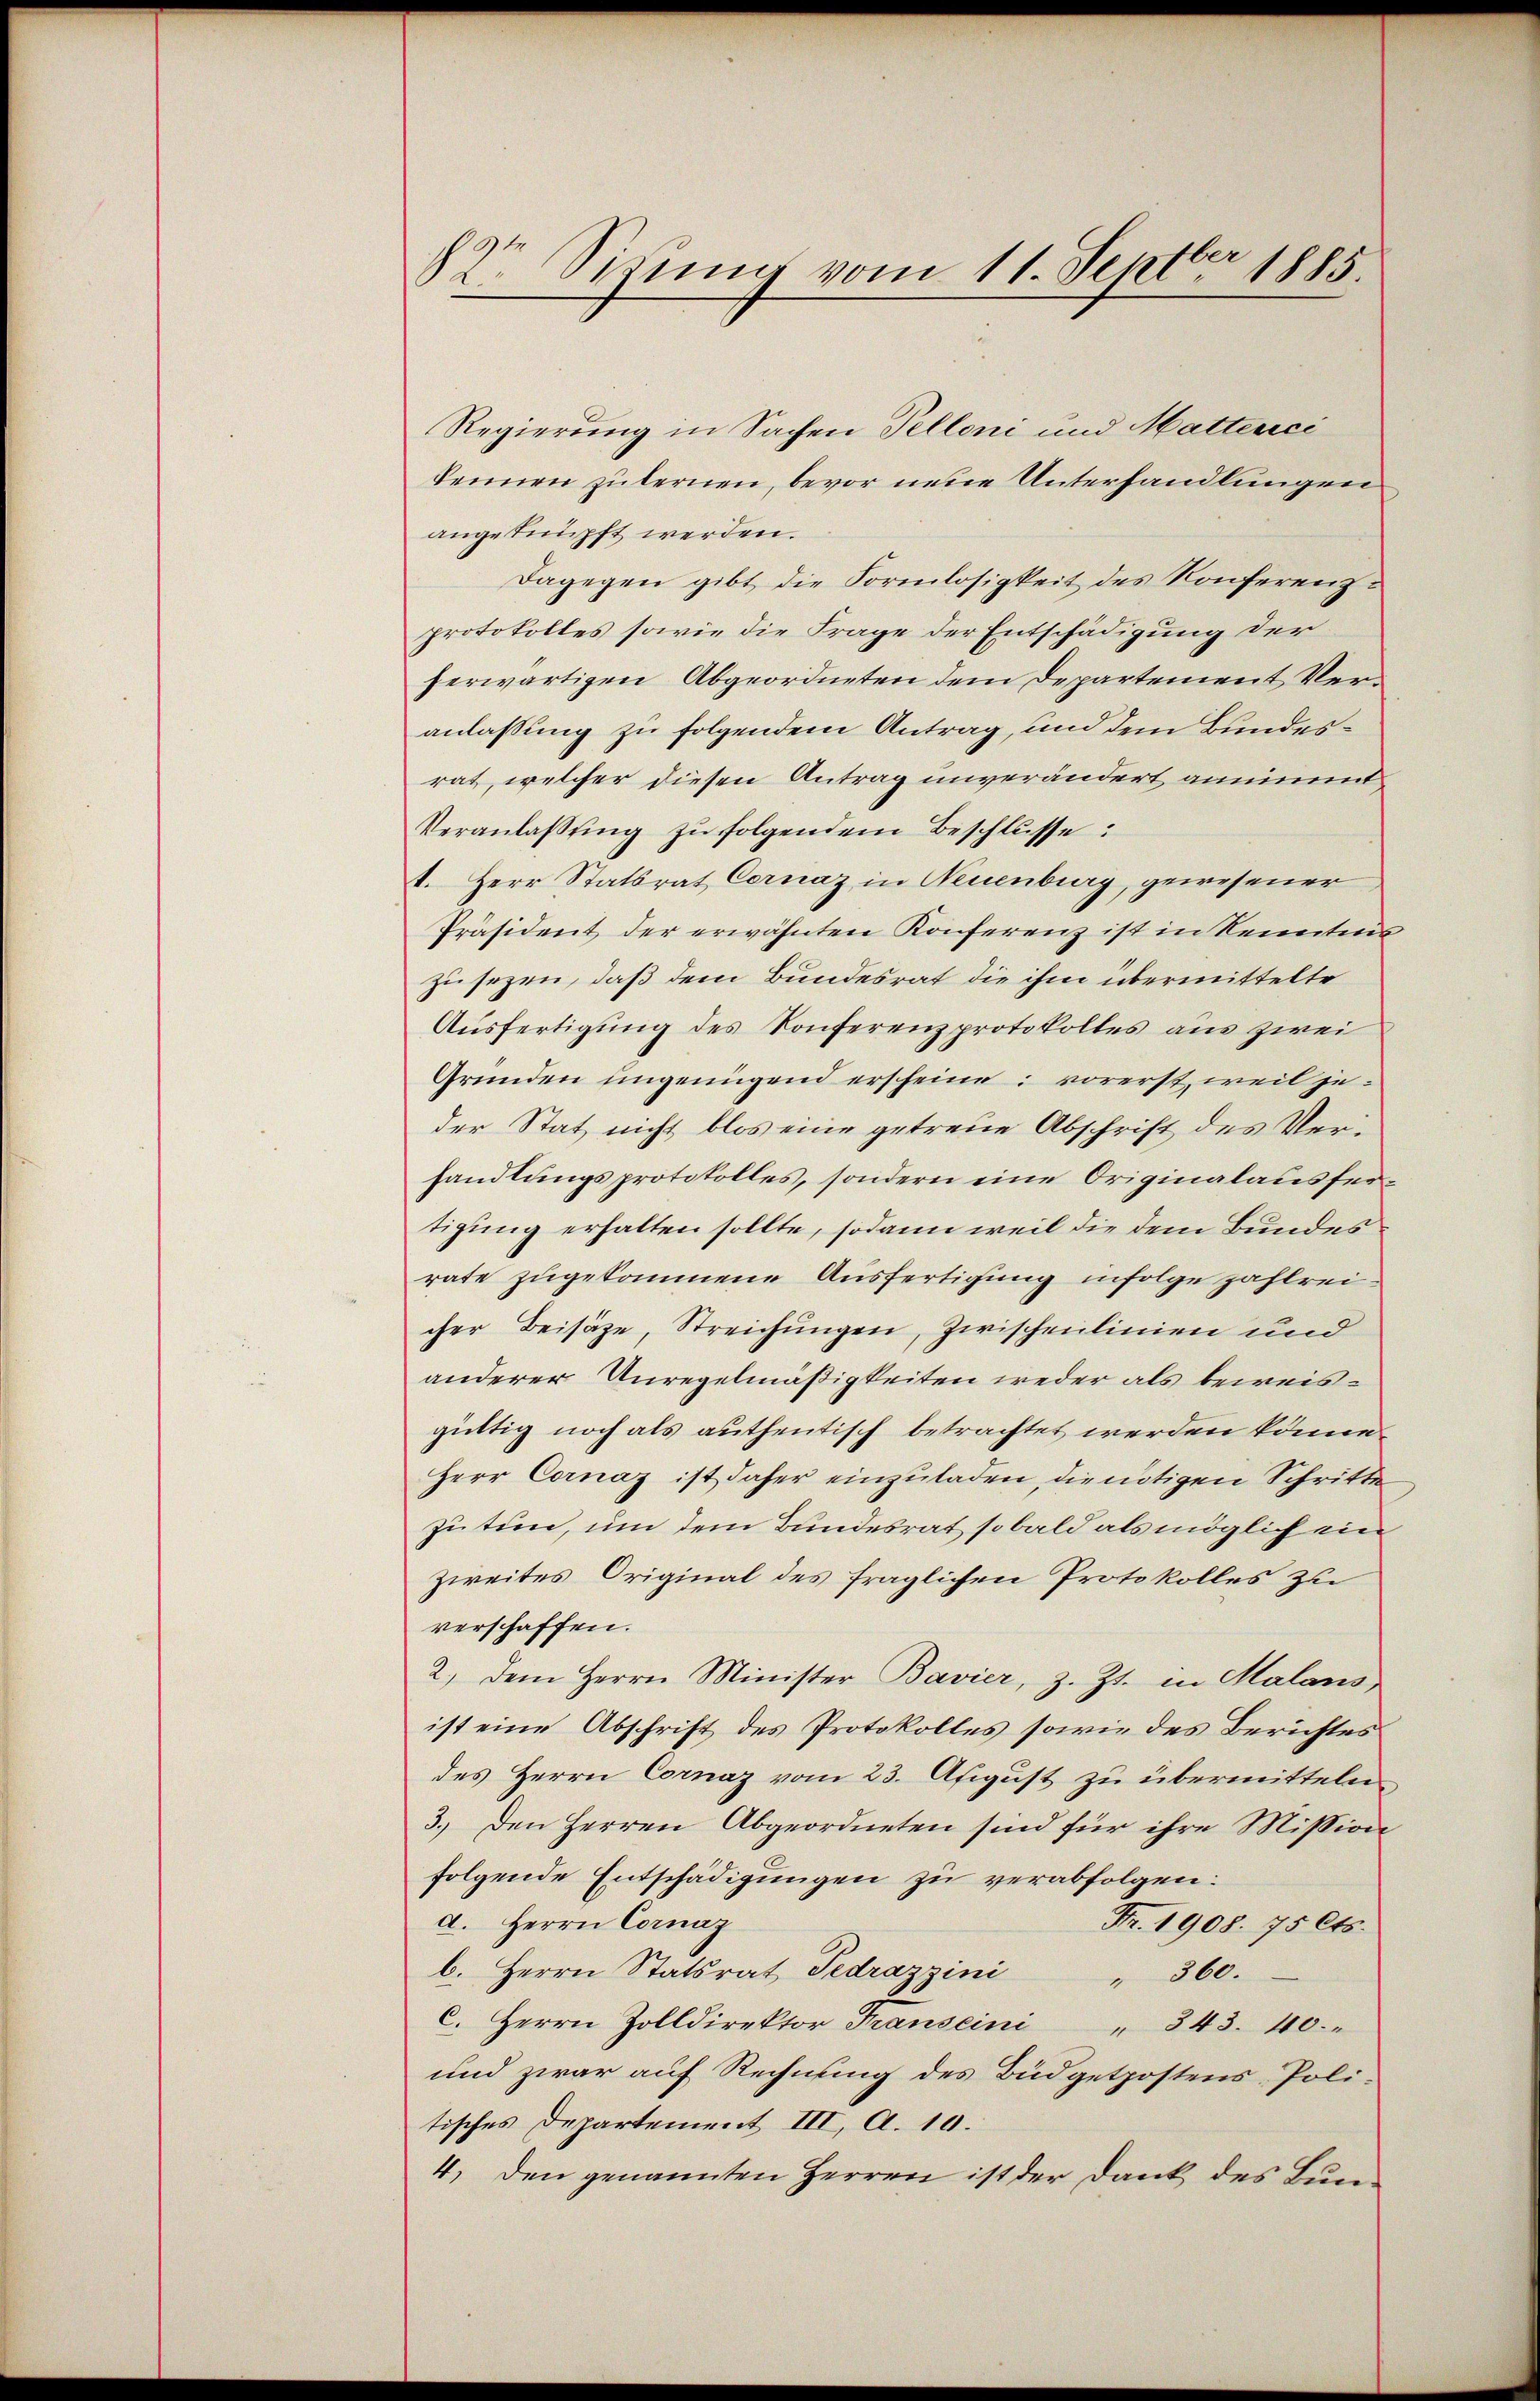
r Sidiums vom 11. Septbr 1885

Regierung in Sachen Pelloni und Matterci
kennen zu lernen, bevor neue Unterhandlungen
angeknüpft werden.
Dagegen gibt die Formlosigkeit des Konferenzprotokolles sowie die Frage der Entschädigung der
herwärtigen Abgeordneten dem Departement Veranlassung zu folgendem Antrag, und dem Bundesrat, welcher diesen Antrag unverändert annimmt
Veranlaßung zu folgendem Beschlüsse:
t. Herr Statsrat Cornaz in Neuenburg, gewesener
Präsident der erwähnten Konferenz ist in Kennteris
zu sezen, daß dem Bundesrat die ihm übermittelte
Aŭsfertigung des Konferenzprotokolles aus zwei
Gründen ungenügend erscheine: vorerst, weil jeder Stat nicht blos eine getreue Abschrift des Verhandlungsprotokolles, sondern eine Originalausfer
tigung erhalten sollte, sodann weil die dem Bundesrate zugekommene Ausfertigung infolge zahlreicher Beisäze, Streichungen, Zwischenlinien und
anderer Unregelmäßigkeiten weder als beweisgüttig noch als authentisch betrachtet werden könne.
Herr Cornaz ist daher einzuladen, die nötigen Schritte
zu tun, um dem Bundesrat sobald als möglich ein
Zweites Original des fraglichen Protokolles zu
verschaffen.
2.) Dem Herrn Minister Bavier, z. Zt. in Malans,
ist eine Abschrift des Protokolles sowie des Berichtes
des Herrn Cornaz vom 23. Apigust zu übermitteln
3.) Den Herren Abgeordneten sind für ihre Mission
folgende Entschädigungen zu verabfolgen:
d. Herrn Cornaz
Fr. 1908. 75 Cts.
b. Herrn Statsrat Tedrazzini " 360.
C. Herrn Zolldirektor Franscini " 343. 40.
und zwar auf Rechnung des Büdgetpostens- Politisches Departement III. A. 10.
4. Den genannten Herren ist der Dank des Bun¬